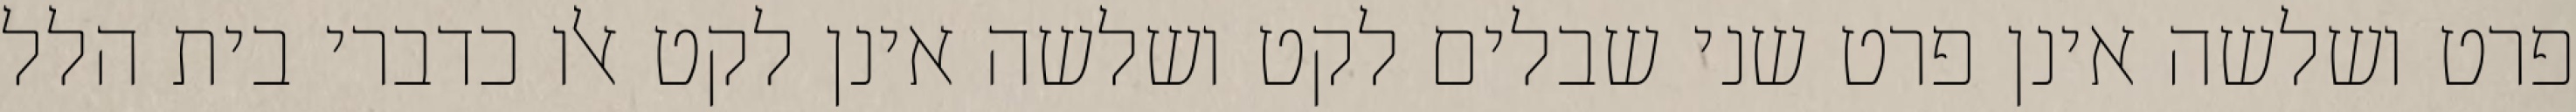
פרט ושלשה אינן פרט שני שבלים לקט ושלשה אינן לקט אלו כדברי בית הלל